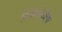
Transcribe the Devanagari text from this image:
कुवाजेर्वाला